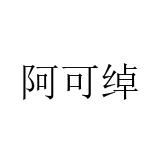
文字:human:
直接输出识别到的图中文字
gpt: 阿可绰